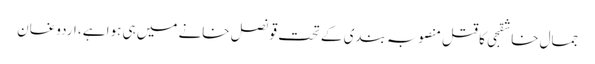
جمال خاشقجی کا قتل منصوبہ بندی کے تحت قونصل خانے میں ہی ہوا ہے، اردوغان